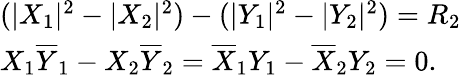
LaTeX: \begin{array}{lcr}{{(|X_{1}|^{2}-|X_{2}|^{2})-(|Y_{1}|^{2}-|Y_{2}|^{2})=R_{2}}}\\ {{X_{1}\overline{{{Y}}}_{1}-X_{2}\overline{{{Y}}}_{2}=\overline{{{X}}}_{1}Y_{1}-\overline{{{X}}}_{2}Y_{2}=0.}}\end{array}